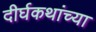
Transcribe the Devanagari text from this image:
दीर्घकथांच्या